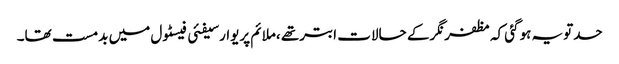
حدتویہ ہوگئی کہ مظفرنگرکے حالات ابترتھے ،ملائم پریوارسیفئی فیسٹول میں بدمست تھا۔